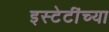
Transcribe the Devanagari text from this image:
इस्टेटींच्या